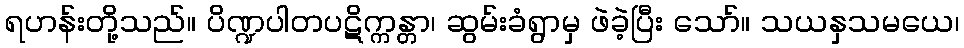
ရဟန်းတို့သည်။ ပိဏ္ဍပါတပဋိက္ကန္တာ၊ ဆွမ်းခံရွာမှ ဖဲခဲ့ပြီး သော်။ သယနှသမယေ၊